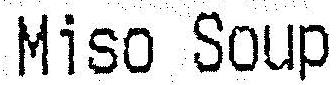
MISO SOUP